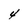
Character: 4